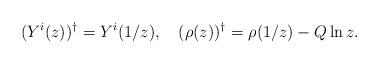
LaTeX: \begin{align*}(Y^i(z))^{\dag} = Y^i(1/z),~~~ (\rho(z))^{\dag} = \rho(1/z)-Q\ln z.\end{align*}